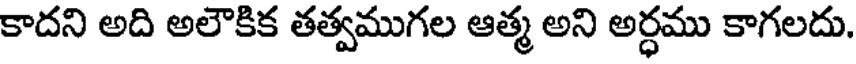
కాదని అది అలౌకిక తత్వముగల ఆత్మ అని అర్ధము కాగలదు.